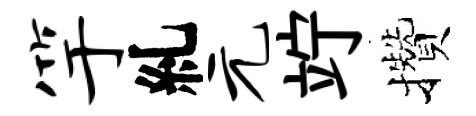
竽糺元竚攢